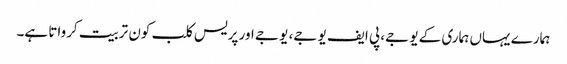
ہمارے یہاں ہماری کے یو جے، پی ایف یو جے، یو جے اور پریس کلب کون تربیت کرواتا ہے۔